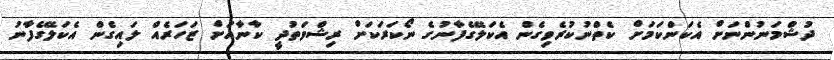
ދުޝްމަނުންނަށް އެކަންކަމަށް ކެތްނުކުރެވިގެން އެކަލޭގެފާނުގެ ނޯކަރަކަށް ރިޝްވަތުދީ ކާނާއަށް ޒަހަރެއް ލައިގެން އެކަލޭގެފާނު